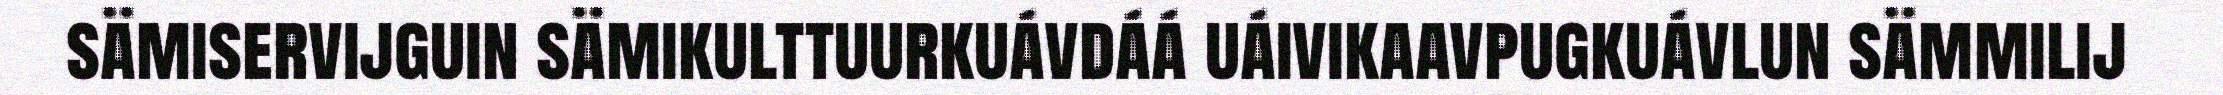
sämiservijguin sämikulttuurkuávdáá uáivikaavpugkuávlun sämmilij